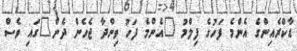
ޑާކްރެއިންގެ އެންމެ ފަހުގެ ފިލްމު "އެންމެ ފަހު ވިންދާ ޖެހެން ދެން"ގައި ވެސް